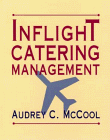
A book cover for Inflight Catering Management; Audrey C. McCool; Travel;